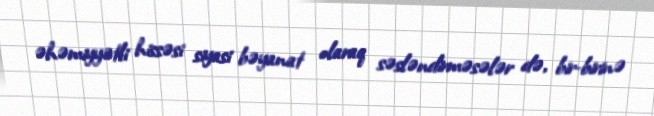
əhəmiyyətli hissəsi siyasi bəyanat olaraq səsləndirməsələr də, bir-birinə